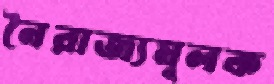
নৈরাজ্যমূলক